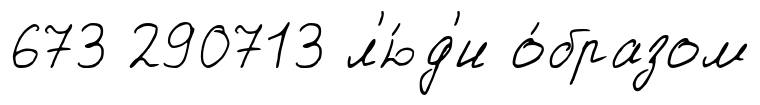
673 290713 л'ю́д'и о́бразом